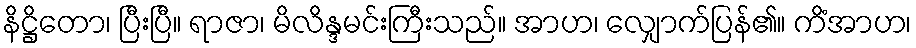
နိဋ္ဌိတော၊ ပြီးပြီ။ ရာဇာ၊ မိလိန္ဒမင်းကြီးသည်။ အာဟ၊ လျှောက်ပြန်၏။ ကိံအာဟ၊